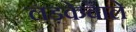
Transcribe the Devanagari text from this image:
लड़केवाले